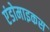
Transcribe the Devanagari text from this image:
एंडोमाइकस